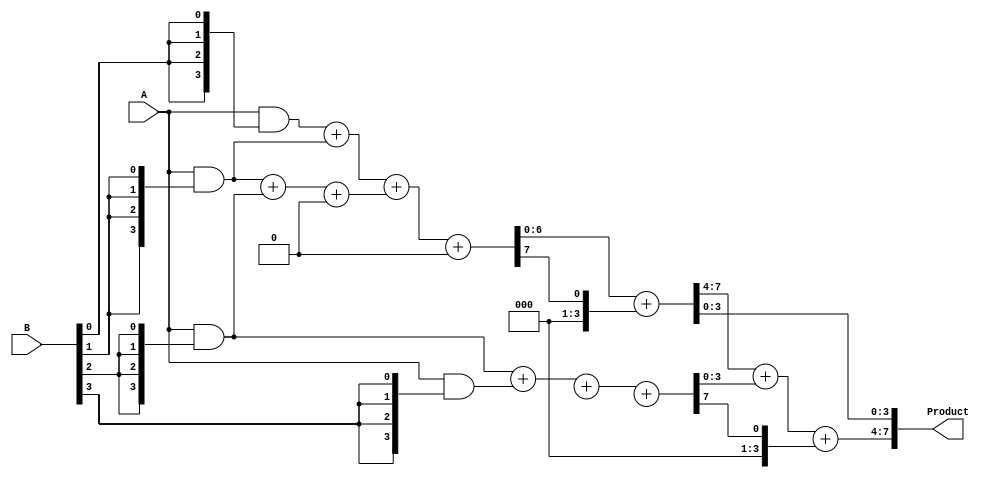
module WallaceTreeMultiplier #(parameter N = 4) (
    input [N-1:0] A,
    input [N-1:0] B,
    output reg [2*N-1:0] Product
);

    // Generate partial products
    wire [N-1:0] pp [0:N-1]; // Partial products

    genvar i, j;
    generate
        for (i = 0; i < N; i = i + 1) begin
            assign pp[i] = A & {N{B[i]}};
        end
    endgenerate

    // Reduction tree
    wire [N+1:0] sum [0:N-1]; // To store intermediate sums
    wire [N-1:0] carry [0:N-1]; // To store carries

    // Level 1: Reduce partial products
    generate
        for (i = 0; i < N-1; i = i + 1) begin
            if (i[0] == 0) begin // Even indices for half adders
                assign {carry[i], sum[i]} = pp[i] + pp[i+1];
            end
            else begin // Odd indices for full adders
                assign {carry[i], sum[i]} = pp[i] + pp[i+1] + 1'b0; // Adjust based on whether odd/even
            end
        end
    endgenerate

    // Level 2: Another reduction layer
    wire [N+2:0] sum2 [0:(N-1)/2]; // Sum for the next level
    wire [N-1:0] carry2 [0:(N-1)/2];

    generate
        for (i = 0; i < N/2; i = i + 1) begin
            assign {carry2[i], sum2[i]} = sum[2*i] + sum[2*i + 1] + (2*i+1 < N ? carry[2*i + 1] : 0);
        end
    endgenerate

    // Final level: Sum the remaining values
    always @* begin
        if (N % 2 == 0) begin
            Product = {1'b0, sum2[0]} + carry2[0];
        end else begin
            Product = sum[0] + sum[1] + carry[1];
        end

        // Add remaining sums together to form the final product
        Product[2*N-1:N] = Product[2*N-1:N] + {1'b0, sum2[1]} + carry2[1];
        // Repeat for additional levels if necessary based on N
        // You may need to iterate or recursively add remaining sums and carries
    end

endmodule